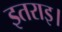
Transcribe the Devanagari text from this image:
इतराइ।